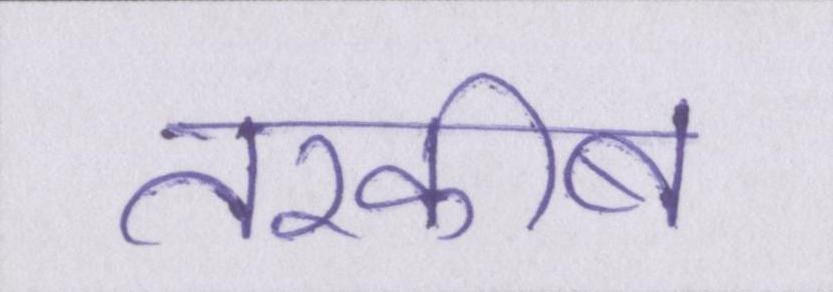
तरकीब